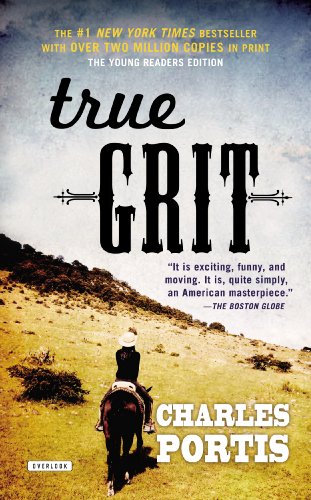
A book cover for True Grit: Young Readers Edition; Charles Portis; Teen & Young Adult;